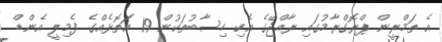
އެ ތަމްރީން ޕްރޮގްރާމުގައި ރާއްޖޭގެ އެކި ހިސާބުތަކުން 19 އަތޮޅެއްގެ ފެމިލީ އެންޑް